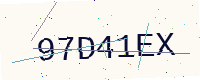
Text: 97D41EX